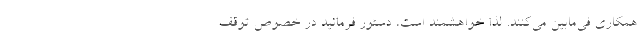
همکاری فی‌مابین می‌کنند. لذا خواهشمند است، دستور فرمائید در خصوص توقف